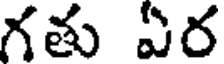
గతు ఏర